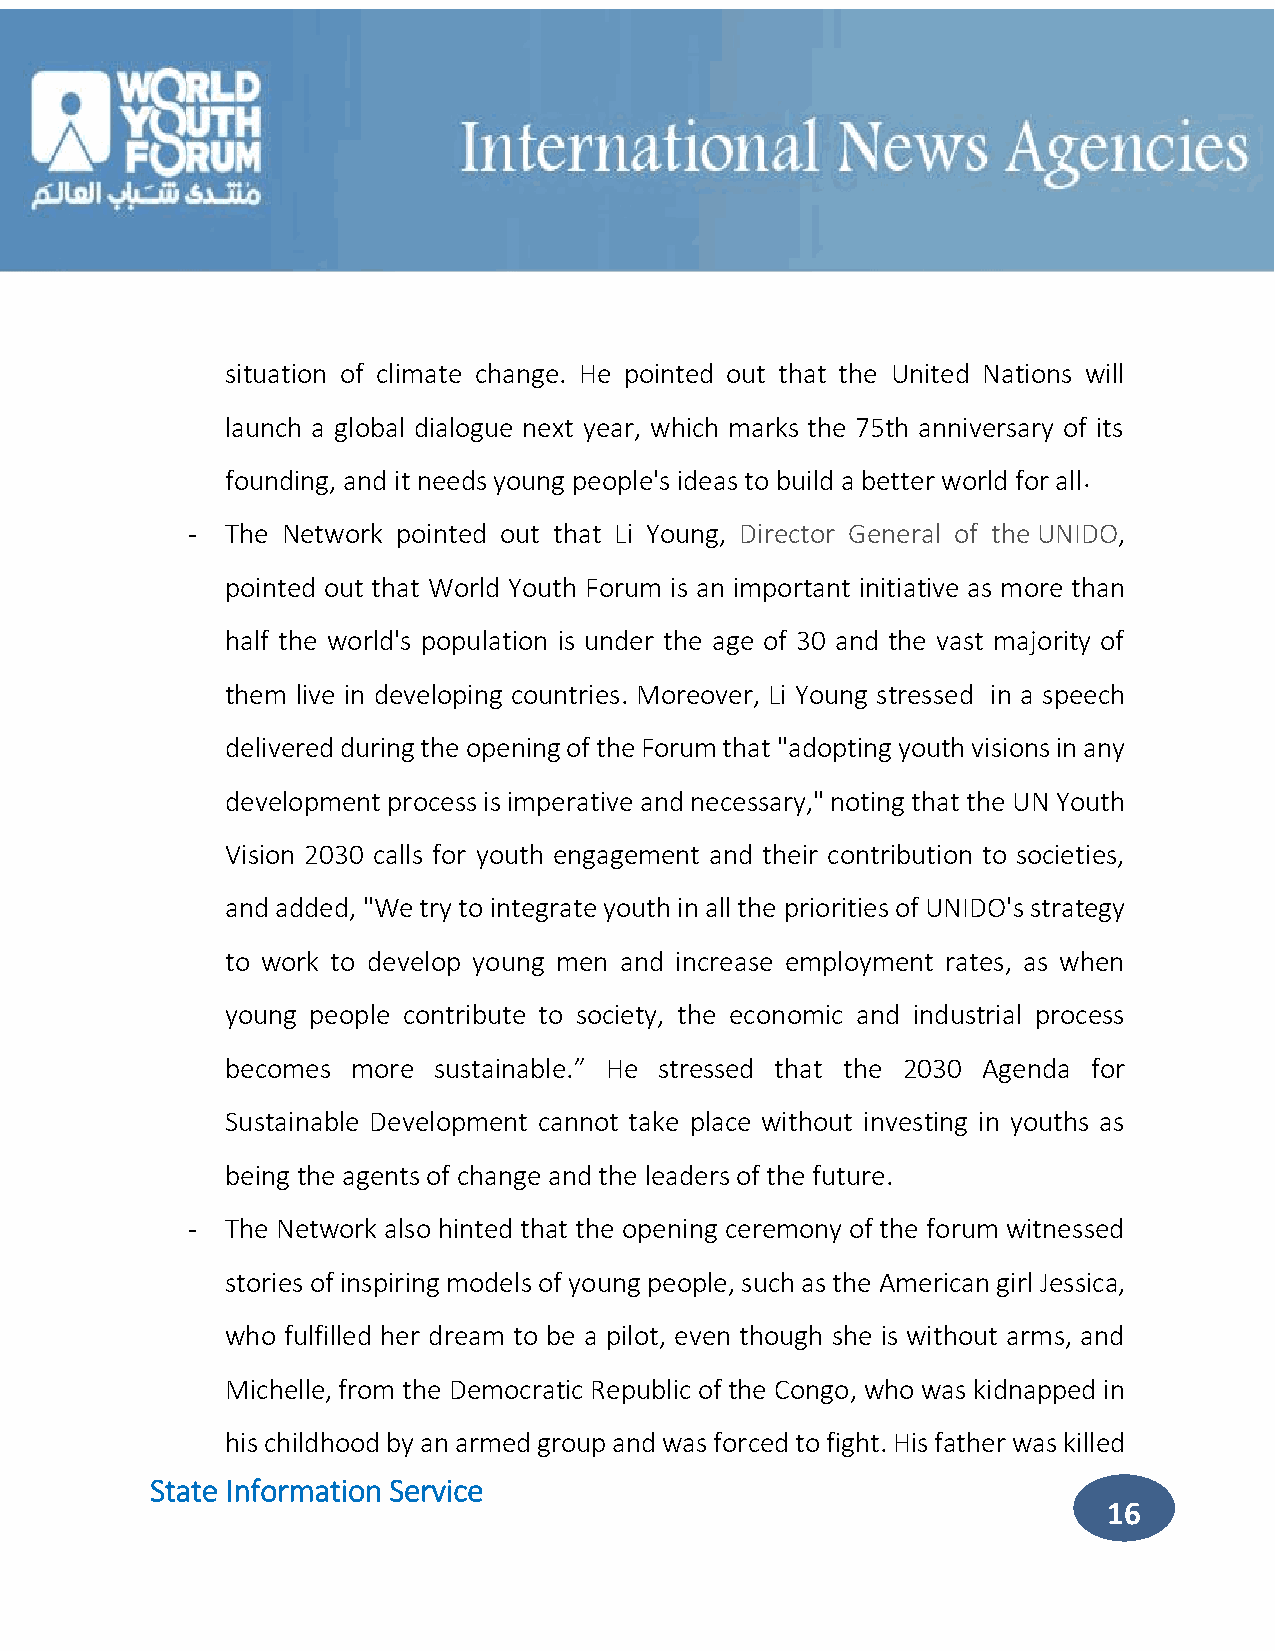
situation of climate change. He pointed out that the United Nations will
 launch a global dialogue next year, which marks the 75th anniversary of its
 founding, and it needs young people's ideas to build a better world for all .
 -  The Network pointed out that Li Young, Director General of the UNIDO,
 pointed out that World Youth Forum is an important initiative as more than
 half the world's population is under the age of 30 and the vast majority of
 them live in developing countries. Moreover, Li Young stressed in a speech
 delivered during the opening of the Forum that "adopting youth visions in any
 development process is imperative and necessary," noting that the UN Youth
 Vision 2030 calls for youth engagement and their contribution to societies,
 and added, "We try to integrate youth in all the priorities of UNIDO's strategy
 to work to develop young men and increase employment rates, as when
 young people contribute to society, the economic and industrial process
 becomes more  sustainable.” He stressed that the 2030 Agenda for
 Sustainable Development cannot take place without investing in youths as
 being the agents of change and the leaders of the future.
 -  The Network also hinted that the opening ceremony of the forum witnessed
 stories of inspiring models of young people, such as the American girl Jessica,
 who fulfilled her dream to be a pilot, even though she is without arms, and
 Michelle, from the Democratic Republic of the Congo, who was kidnapped in
 his childhood by an armed group and was forced to fight. His father was killed
 State Information Service
 16